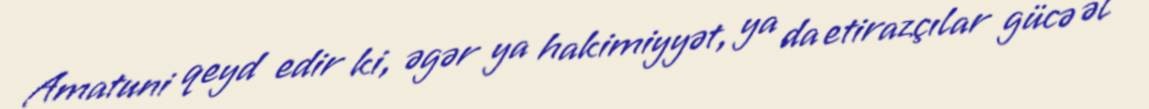
Amatuni qeyd edir ki, əgər ya hakimiyyət, ya da etirazçılar gücə əl